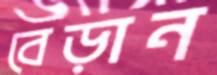
বেড়ান